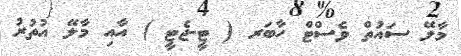
މާލޭ ސައުތް ވެސްޓް ހާބަރ ( ޓީ-ޖެޓީ ) އާއި މާލޭ އުތުރު